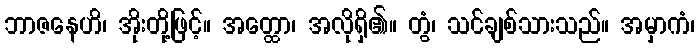
ဘာဇနေဟိ၊ အိုးတို့ဖြင့်။ အတ္ထော၊ အလိုရှိ၏။ တွံ၊ သင်ချစ်သားသည်။ အမှာကံ၊